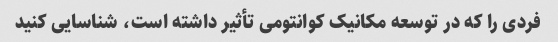
فردی را که در توسعه مکانیک کوانتومی تأثیر داشته است، شناسایی کنید